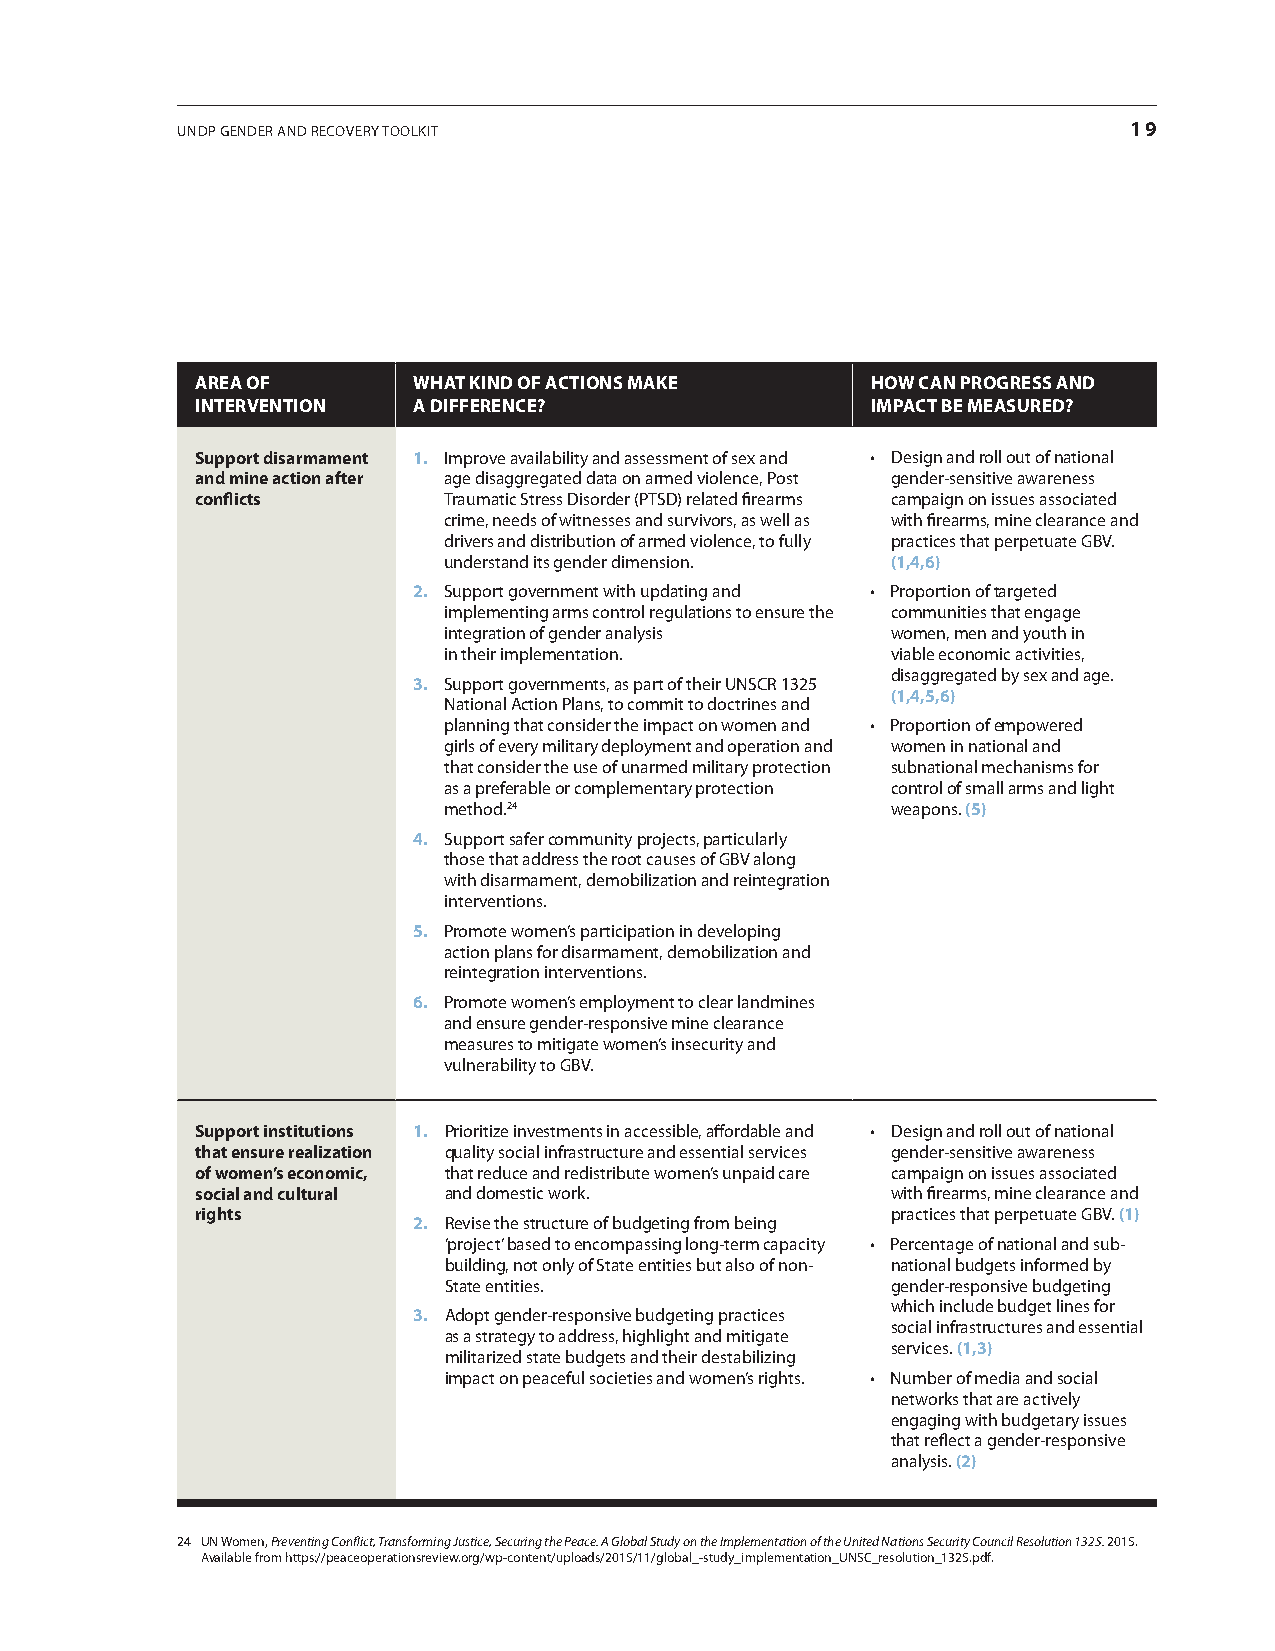
UNDP GeNDer aND recovery TooLKIT                               19
 aRea of       WHaT kiNd of aCTioNS make      HoW CaN pRoGReSS aNd
 iNTeRVeNTioN  a diffeReNCe?                  impaCT Be meaSuRed?
 Support disarmament 1. Improve availability and assessment of sex and • Design and roll out of national
 and mine action after age disaggregated data on armed violence, Post gender-sensitive awareness
 conflicts       Traumatic Stress Disorder (PTSD) related firearms campaign on issues associated
 crime, needs of witnesses and survivors, as well as with firearms, mine clearance and
 drivers and distribution of armed violence, to fully practices that perpetuate GBv.
 understand its gender dimension. (1,4,6)
 2. Support government with updating and • Proportion of targeted
 implementing arms control regulations to ensure the communities that engage
 integration of gender analysis women, men and youth in
 in their implementation.      viable economic activities,
 disaggregated by sex and age.
 3. Support governments, as part of their UNScr 1325
 (1,4,5,6)
 National action Plans, to commit to doctrines and
 planning that consider the impact on women and • Proportion of empowered
 girls of every military deployment and operation and women in national and
 that consider the use of unarmed military protection subnational mechanisms for
 as a preferable or complementary protection control of small arms and light
 method.24                     weapons. (5)
 4. Support safer community projects, particularly
 those that address the root causes of GBv along
 with disarmament, demobilization and reintegration
 interventions.
 5. Promote women’s participation in developing
 action plans for disarmament, demobilization and
 reintegration interventions.
 6. Promote women’s employment to clear landmines
 and ensure gender-responsive mine clearance
 measures to mitigate women’s insecurity and
 vulnerability to GBv.
 Support institutions 1. Prioritize investments in accessible, affordable and • Design and roll out of national
 that ensure realization quality social infrastructure and essential services gender-sensitive awareness
 of women’s economic, that reduce and redistribute women’s unpaid care campaign on issues associated
 social and cultural and domestic work.        with firearms, mine clearance and
 rights                                        practices that perpetuate GBv. (1)
 2. revise the structure of budgeting from being
 ‘project’ based to encompassing long-term capacity • Percentage of national and sub-
 building, not only of State entities but also of non- national budgets informed by
 State entities.               gender-responsive budgeting
 which include budget lines for
 3. adopt gender-responsive budgeting practices
 social infrastructures and essential
 as a strategy to address, highlight and mitigate
 services. (1,3)
 militarized state budgets and their destabilizing
 impact on peaceful societies and women’s rights. • Number of media and social
 networks that are actively
 engaging with budgetary issues
 that reflect a gender-responsive
 analysis. (2)
 24 UN Women, Preventing Conflict, Transforming Justice, Securing the Peace. A Global Study on the Implementation of the United Nations Security Council Resolution 1325. 2015.
 available from https://peaceoperationsreview.org/wp-content/uploads/2015/11/global_-study_implementation_UNSc_resolution_1325.pdf.